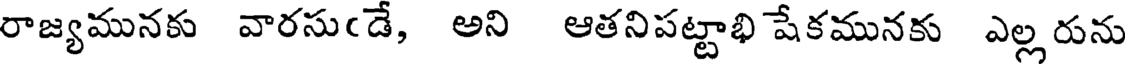
రాజ్యమునకు వారసుఁడే, అని ఆతనిపట్టాభి షేకమునకు ఎల్ల రును